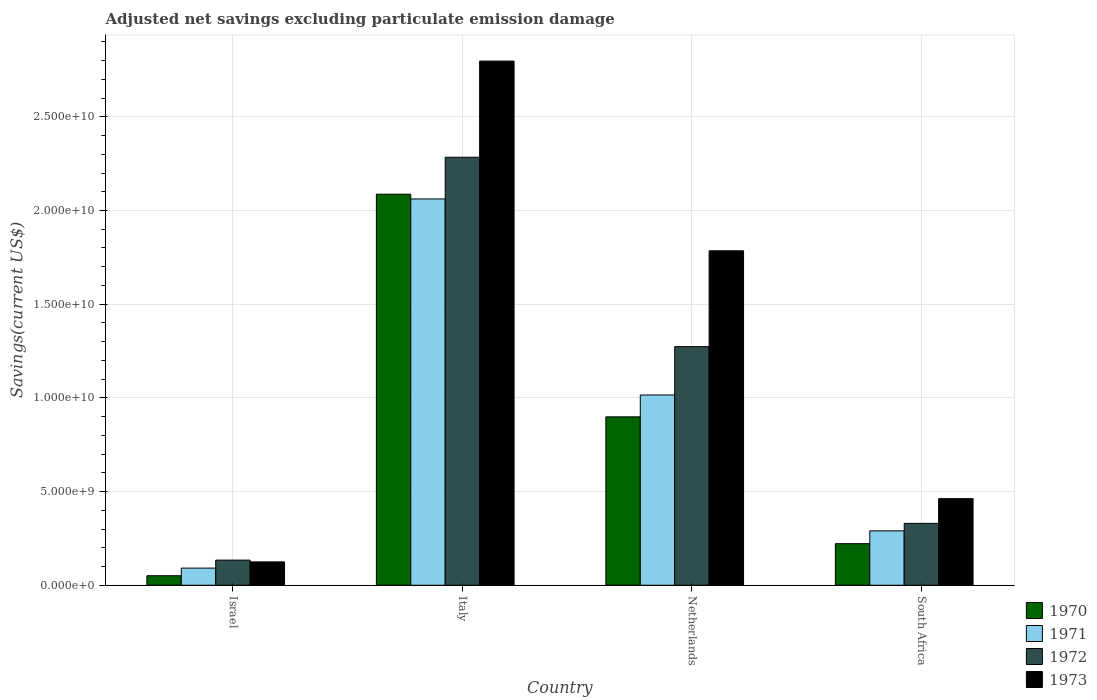
| Country | 1970 | 1971 | 1972 | 1973 |
 | --- | --- | --- | --- | --- |
 | Israel | 5.08e+08 | 9.14e+08 | 1.34e+09 | 1.25e+09 |
 | Italy | 2.09e+10 | 2.06e+10 | 2.28e+10 | 2.8e+10 |
 | Netherlands | 8.99e+09 | 1.02e+10 | 1.27e+10 | 1.79e+10 |
 | South Africa | 2.22e+09 | 2.9e+09 | 3.3e+09 | 4.62e+09 |